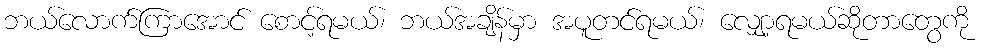
ဘယ်လောက်ကြာအောင် စောင့်ရမယ်၊ ဘယ်အချိန်မှာ အပူတင်ရမယ်၊ လျှော့ရမယ်ဆိုတာတွေကို